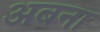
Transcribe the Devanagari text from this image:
अबना